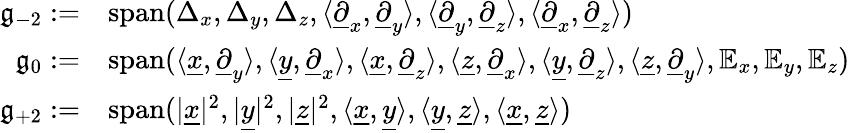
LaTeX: \begin{array}{rl}{\mathfrak{g}_{-2}:=}&{\operatorname{span}(\Delta_{x},\Delta_{y},\Delta_{z},\langle\underline{{\partial}}_{x},\underline{{\partial}}_{y}\rangle,\langle\underline{{\partial}}_{y},\underline{{\partial}}_{z}\rangle,\langle\underline{{\partial}}_{x},\underline{{\partial}}_{z}\rangle)}\\ {\mathfrak{g}_{0}:=}&{\operatorname{span}(\langle\underline{{x}},\underline{{\partial}}_{y}\rangle,\langle\underline{{y}},\underline{{\partial}}_{x}\rangle,\langle\underline{{x}},\underline{{\partial}}_{z}\rangle,\langle\underline{{z}},\underline{{\partial}}_{x}\rangle,\langle\underline{{y}},\underline{{\partial}}_{z}\rangle,\langle\underline{{z}},\underline{{\partial}}_{y}\rangle,\mathbb{E}_{x},\mathbb{E}_{y},\mathbb{E}_{z})}\\ {\mathfrak{g}_{+2}:=}&{\operatorname{span}(|\underline{{x}}|^{2},|\underline{{y}}|^{2},|\underline{{z}}|^{2},\langle\underline{{x}},\underline{{y}}\rangle,\langle\underline{{y}},\underline{{z}}\rangle,\langle\underline{{x}},\underline{{z}}\rangle)}\end{array}